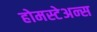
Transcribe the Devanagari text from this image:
होमस्टेअन्स